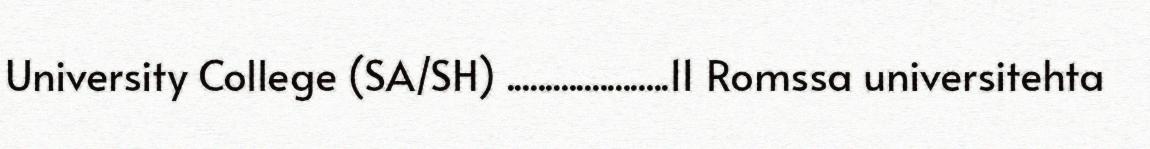
University College (SA/SH) .....................11 Romssa universitehta